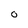
Character: 0